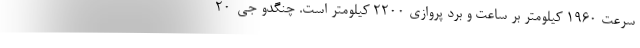
سرعت 1960 کیلومتر بر ساعت و برد پروازی 2200 کیلومتر است. چنگدو جی-20